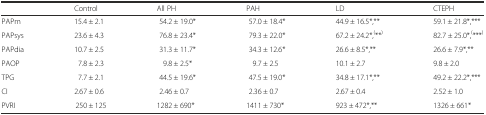
|  | Control | All PH | PAH | LD | CTEPH |
 | --- | --- | --- | --- | --- | --- |
 | PAPm | 15.4 ± 2.1 | 54.2 ± 19.0* | 57.0 ± 18.4* | 44.9 ± 16.5*,** | 59.1 ± 21.8*,*** |
 | PAPsys | 23.6 ± 4.3 | 76.8 ± 23.4* | 79.3 ± 22.0* | 67.2 ± 24.2*,(**) | 82.7 ± 25.0*,(***) |
 | PAPdia | 10.7 ± 2.5 | 31.3 ± 11.7* | 34.3 ± 12.6* | 26.6 ± 8.5*,** | 26.6 ± 7.9*,** |
 | PAOP | 7.8 ± 2.3 | 9.8 ± 2.5* | 9.7 ± 2.5 | 10.1 ± 2.7 | 9.8 ± 2.0 |
 | TPG | 7.7 ± 2.1 | 44.5 ± 19.6* | 47.5 ± 19.0* | 34.8 ± 17.1*,** | 49.2 ± 22.2*,*** |
 | CI | 2.67 ± 0.6 | 2.46 ± 0.7 | 2.36 ± 0.7 | 2.67 ± 0.4 | 2.52 ± 1.0 |
 | PVRI | 250 ± 125 | 1282 ± 690* | 1411 ± 730* | 923 ± 472*,** | 1326 ± 661* |